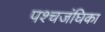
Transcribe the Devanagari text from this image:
पश्चजंघिका